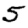
Digit: 5